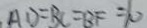
A D = B C = B F = 1 0